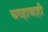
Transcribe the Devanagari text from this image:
चव्हाणही